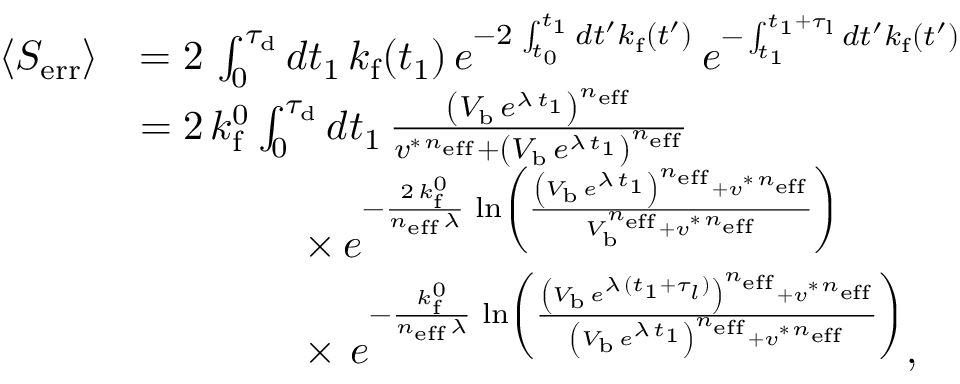
\begin{array} { r l } { \langle S _ { \mathrm { e r r } } \rangle } & { = 2 \, \int _ { 0 } ^ { \tau _ { \mathrm { d } } } d t _ { 1 } \, k _ { \mathrm { f } } ( t _ { 1 } ) \, e ^ { - 2 \, \int _ { t _ { 0 } } ^ { t _ { 1 } } d t ^ { \prime } k _ { \mathrm { f } } ( t ^ { \prime } ) } \, e ^ { - \int _ { t _ { 1 } } ^ { t _ { 1 } + \tau _ { \mathrm { l } } } d t ^ { \prime } k _ { \mathrm { f } } ( t ^ { \prime } ) } } \\ & { = 2 \, k _ { \mathrm { f } } ^ { 0 } \int _ { 0 } ^ { \tau _ { \mathrm { d } } } d t _ { 1 } \, \frac { \left( V _ { \mathrm { b } } \, e ^ { \lambda \, t _ { 1 } } \right) ^ { n _ { \mathrm { e f f } } } } { v ^ { \ast \, n _ { \mathrm { e f f } } } + \left( V _ { \mathrm { b } } \, e ^ { \lambda \, t _ { 1 } } \right) ^ { n _ { \mathrm { e f f } } } } } \\ & { \qquad \qquad \times \, e ^ { - \frac { 2 \, k _ { \mathrm { f } } ^ { 0 } } { n _ { \mathrm { e f f } } \, \lambda } \, \ln \left( \frac { \left( V _ { \mathrm { b } } \, e ^ { \lambda \, t _ { 1 } } \right) ^ { n _ { \mathrm { e f f } } } + v ^ { \ast \, n _ { \mathrm { e f f } } } } { V _ { \mathrm { b } } ^ { n _ { \mathrm { e f f } } } + v ^ { \ast \, n _ { \mathrm { e f f } } } } \right) } } \\ & { \qquad \qquad \times \, \, e ^ { - \frac { k _ { \mathrm { f } } ^ { 0 } } { n _ { \mathrm { e f f } } \, \lambda } \, \ln \left( \frac { \left( V _ { \mathrm { b } } \, e ^ { \lambda \, ( t _ { 1 } + \tau _ { l } ) } \right) ^ { n _ { \mathrm { e f f } } } + v ^ { \ast \, n _ { \mathrm { e f f } } } } { \left( V _ { \mathrm { b } } \, e ^ { \lambda \, t _ { 1 } } \right) ^ { n _ { \mathrm { e f f } } } + v ^ { \ast \, n _ { \mathrm { e f f } } } } \right) } , } \end{array}